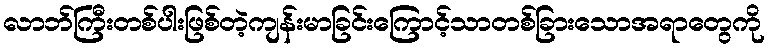
လာဘ်ကြီးတစ်ပါးဖြစ်တဲ့ကျန်းမာခြင်းကြောင့်သာတစ်ခြားသောအရာတွေကို